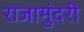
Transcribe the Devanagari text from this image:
राजामुंदरी